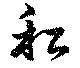
私